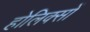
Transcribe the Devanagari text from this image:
होलिक्सों